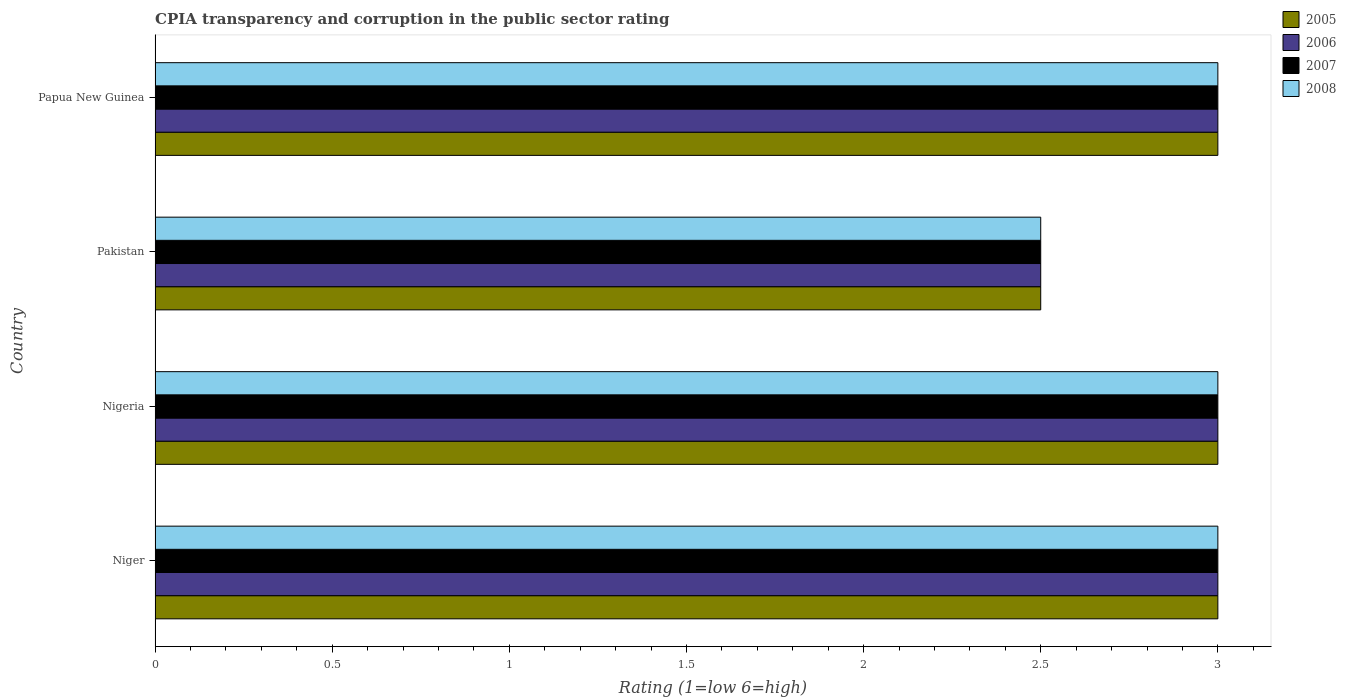
| Country | 2005 | 2006 | 2007 | 2008 |
 | --- | --- | --- | --- | --- |
 | Niger | 3 | 3 | 3 | 3 |
 | Nigeria | 3 | 3 | 3 | 3 |
 | Pakistan | 2.5 | 2.5 | 2.5 | 2.5 |
 | Papua New Guinea | 3 | 3 | 3 | 3 |